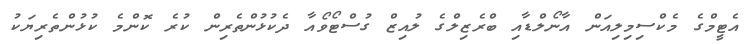
އެޓީމްގެ މެކްސިމިލިއަން އާނޯލްޑާއި ބްރެޒިލްގެ ލުއިޒް ގުސްޓޯވޯއާ ދެކުޅުންތެރިން ކުރެ ކޮންމެ ކުޅުންތެރިޔަކު